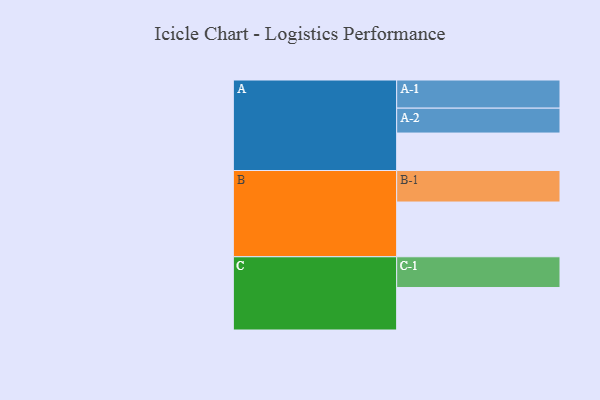
{"axis": {"x": "Segment", "y": "Value"}, "legend": ["", "A", "B", "C"], "data": [{"x": "A", "y": 334, "type": ""}, {"x": "B", "y": 488, "type": ""}, {"x": "C", "y": 379, "type": ""}, {"x": "A-1", "y": 251, "type": "A"}, {"x": "A-2", "y": 222, "type": "A"}, {"x": "B-1", "y": 281, "type": "B"}, {"x": "C-1", "y": 274, "type": "C"}]}